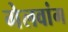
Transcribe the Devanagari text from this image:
गेलवांग